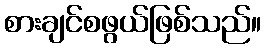
စားချင်စဖွယ်ဖြစ်သည်။